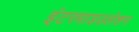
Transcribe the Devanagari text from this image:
इंटरमाडउलेशन